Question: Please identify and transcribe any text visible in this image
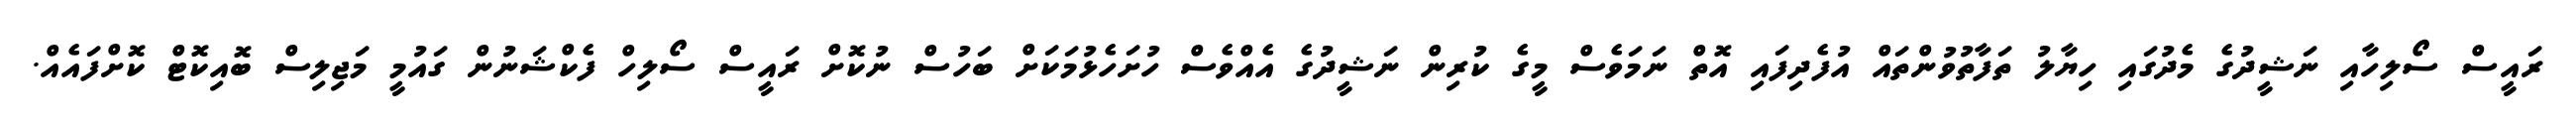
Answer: ރައީސް ސޯލިހާއި ނަޝީދުގެ މެދުގައި ހިޔާލު ތަފާތުވުންތައް އުފެދިފައި އޮތް ނަމަވެސް މީގެ ކުރިން ނަޝީދުގެ އެއްވެސް ހުށަހެޅުމަކަށް ބަހުސް ނުކޮށް ރައީސް ސޯލިހް ފެކްޝަނުން ގައުމީ މަޖިލިސް ބޮއިކޮޓް ކޮށްފައެއް.